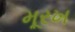
મૂરખ